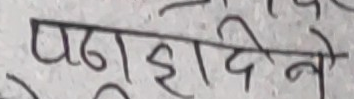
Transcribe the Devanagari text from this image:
पढ़ाईडीने